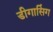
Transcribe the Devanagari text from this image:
डीगासिंग